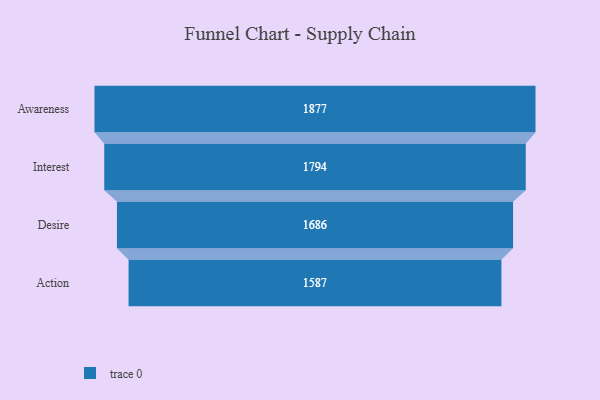
{"axis": {"x": "Stage", "y": "Value"}, "legend": [""], "data": [{"x": "Awareness", "y": 1877.0, "type": ""}, {"x": "Interest", "y": 1794.0, "type": ""}, {"x": "Desire", "y": 1686.0, "type": ""}, {"x": "Action", "y": 1587.0, "type": ""}]}